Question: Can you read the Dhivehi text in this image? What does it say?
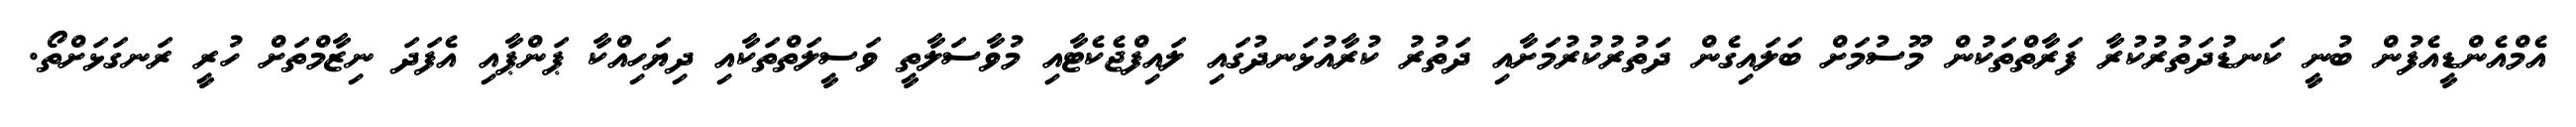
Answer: އެމްއެންޑީއެފުން ބުނީ ކަނޑުދަތުރުކުރާ ފަރާތްތަކުން މޫސުމަށް ބަލައިގެން ދަތުރުކުރުމަށާއި ދަތުރު ކުރާއުޅަނދުގައި ލައިފްޖެކެޓާއި މުވާސަލާތީ ވަސީލަތްތަކާއި ދިޔަހިއްކާ ޕަންޕާއި އެފަދަ ނިޒާމްތަށް ހުރީ ރަނގަޅަށްތޯ.